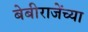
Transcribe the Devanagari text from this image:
बेबीराजेंच्या